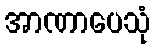
အာဏာပေသုံ